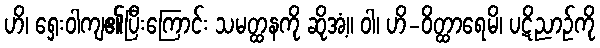
ဟိ၊ ရှေးဝါကျ၏ပြီးကြောင်း သမတ္ထနကို ဆိုအံ့။ ဝါ၊ ဟိ-ဝိတ္ထာရေမိ၊ ပဋိညာဉ်ကို